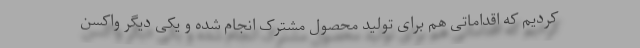
کردیم که اقداماتی هم برای تولید محصول مشترک انجام شده و یکی دیگر واکسن